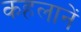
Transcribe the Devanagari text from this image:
कहलानें